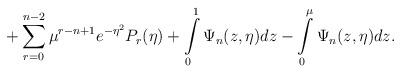
LaTeX: \begin{align*} +\sum\limits_{r=0}^{n-2} \mu^{r-n+1}e^{-\eta^2} P_r(\eta) + \int\limits_{0}^{1}\Psi_n(z,\eta)dz - \int\limits_{0}^{\mu}\Psi_n(z,\eta)dz. \end{align*}